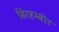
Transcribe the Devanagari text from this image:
बिरहम्बीर